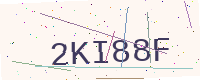
Text: 2KI88F